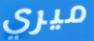
ميري